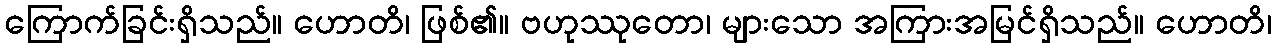
ကြောက်ခြင်းရှိသည်။ ဟောတိ၊ ဖြစ်၏။ ဗဟုဿုတော၊ များသော အကြားအမြင်ရှိသည်။ ဟောတိ၊